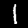
Digit: 1